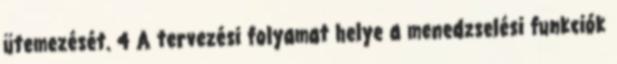
ütemezését. 4 A tervezési folyamat helye a menedzselési funkciók